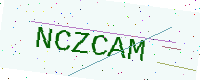
Text: NCZCAM